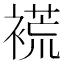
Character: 𲀽